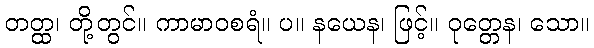
တတ္ထ၊ တို့တွင်။ ကာမာဝစရံ။ ပ။ နယေန၊ ဖြင့်။ ဝုတ္တေန၊ သော။